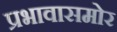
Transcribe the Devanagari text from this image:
प्रभावासमोर